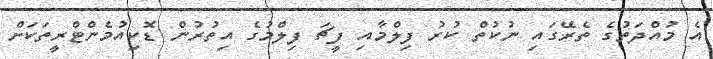
އެ މުއްދަތުގެ ތެރޭގައި ނުކުތް ކުރު ފިލްމާއި ފީޗަ ފިލްމުގެ އިތުރުން ޑޮކިއުމެންޓްރީތަކަށް